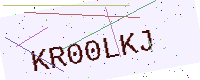
Text: KR00LKJ